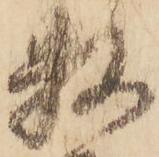
数